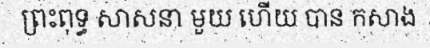
ព្រះពុទ្ធ សាសនា មួយ ហើយ បាន កសាង